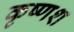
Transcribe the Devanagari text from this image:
कृष्णश